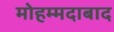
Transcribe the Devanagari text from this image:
मोहम्‍मदाबाद